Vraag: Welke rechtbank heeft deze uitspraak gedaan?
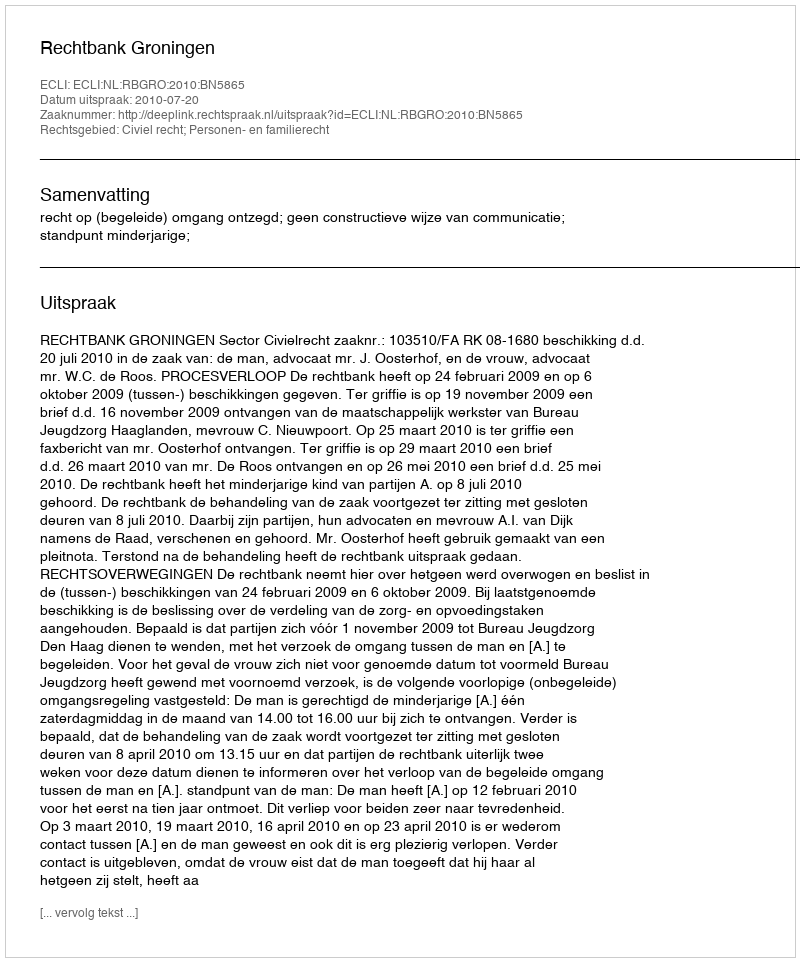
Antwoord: Rechtbank Groningen